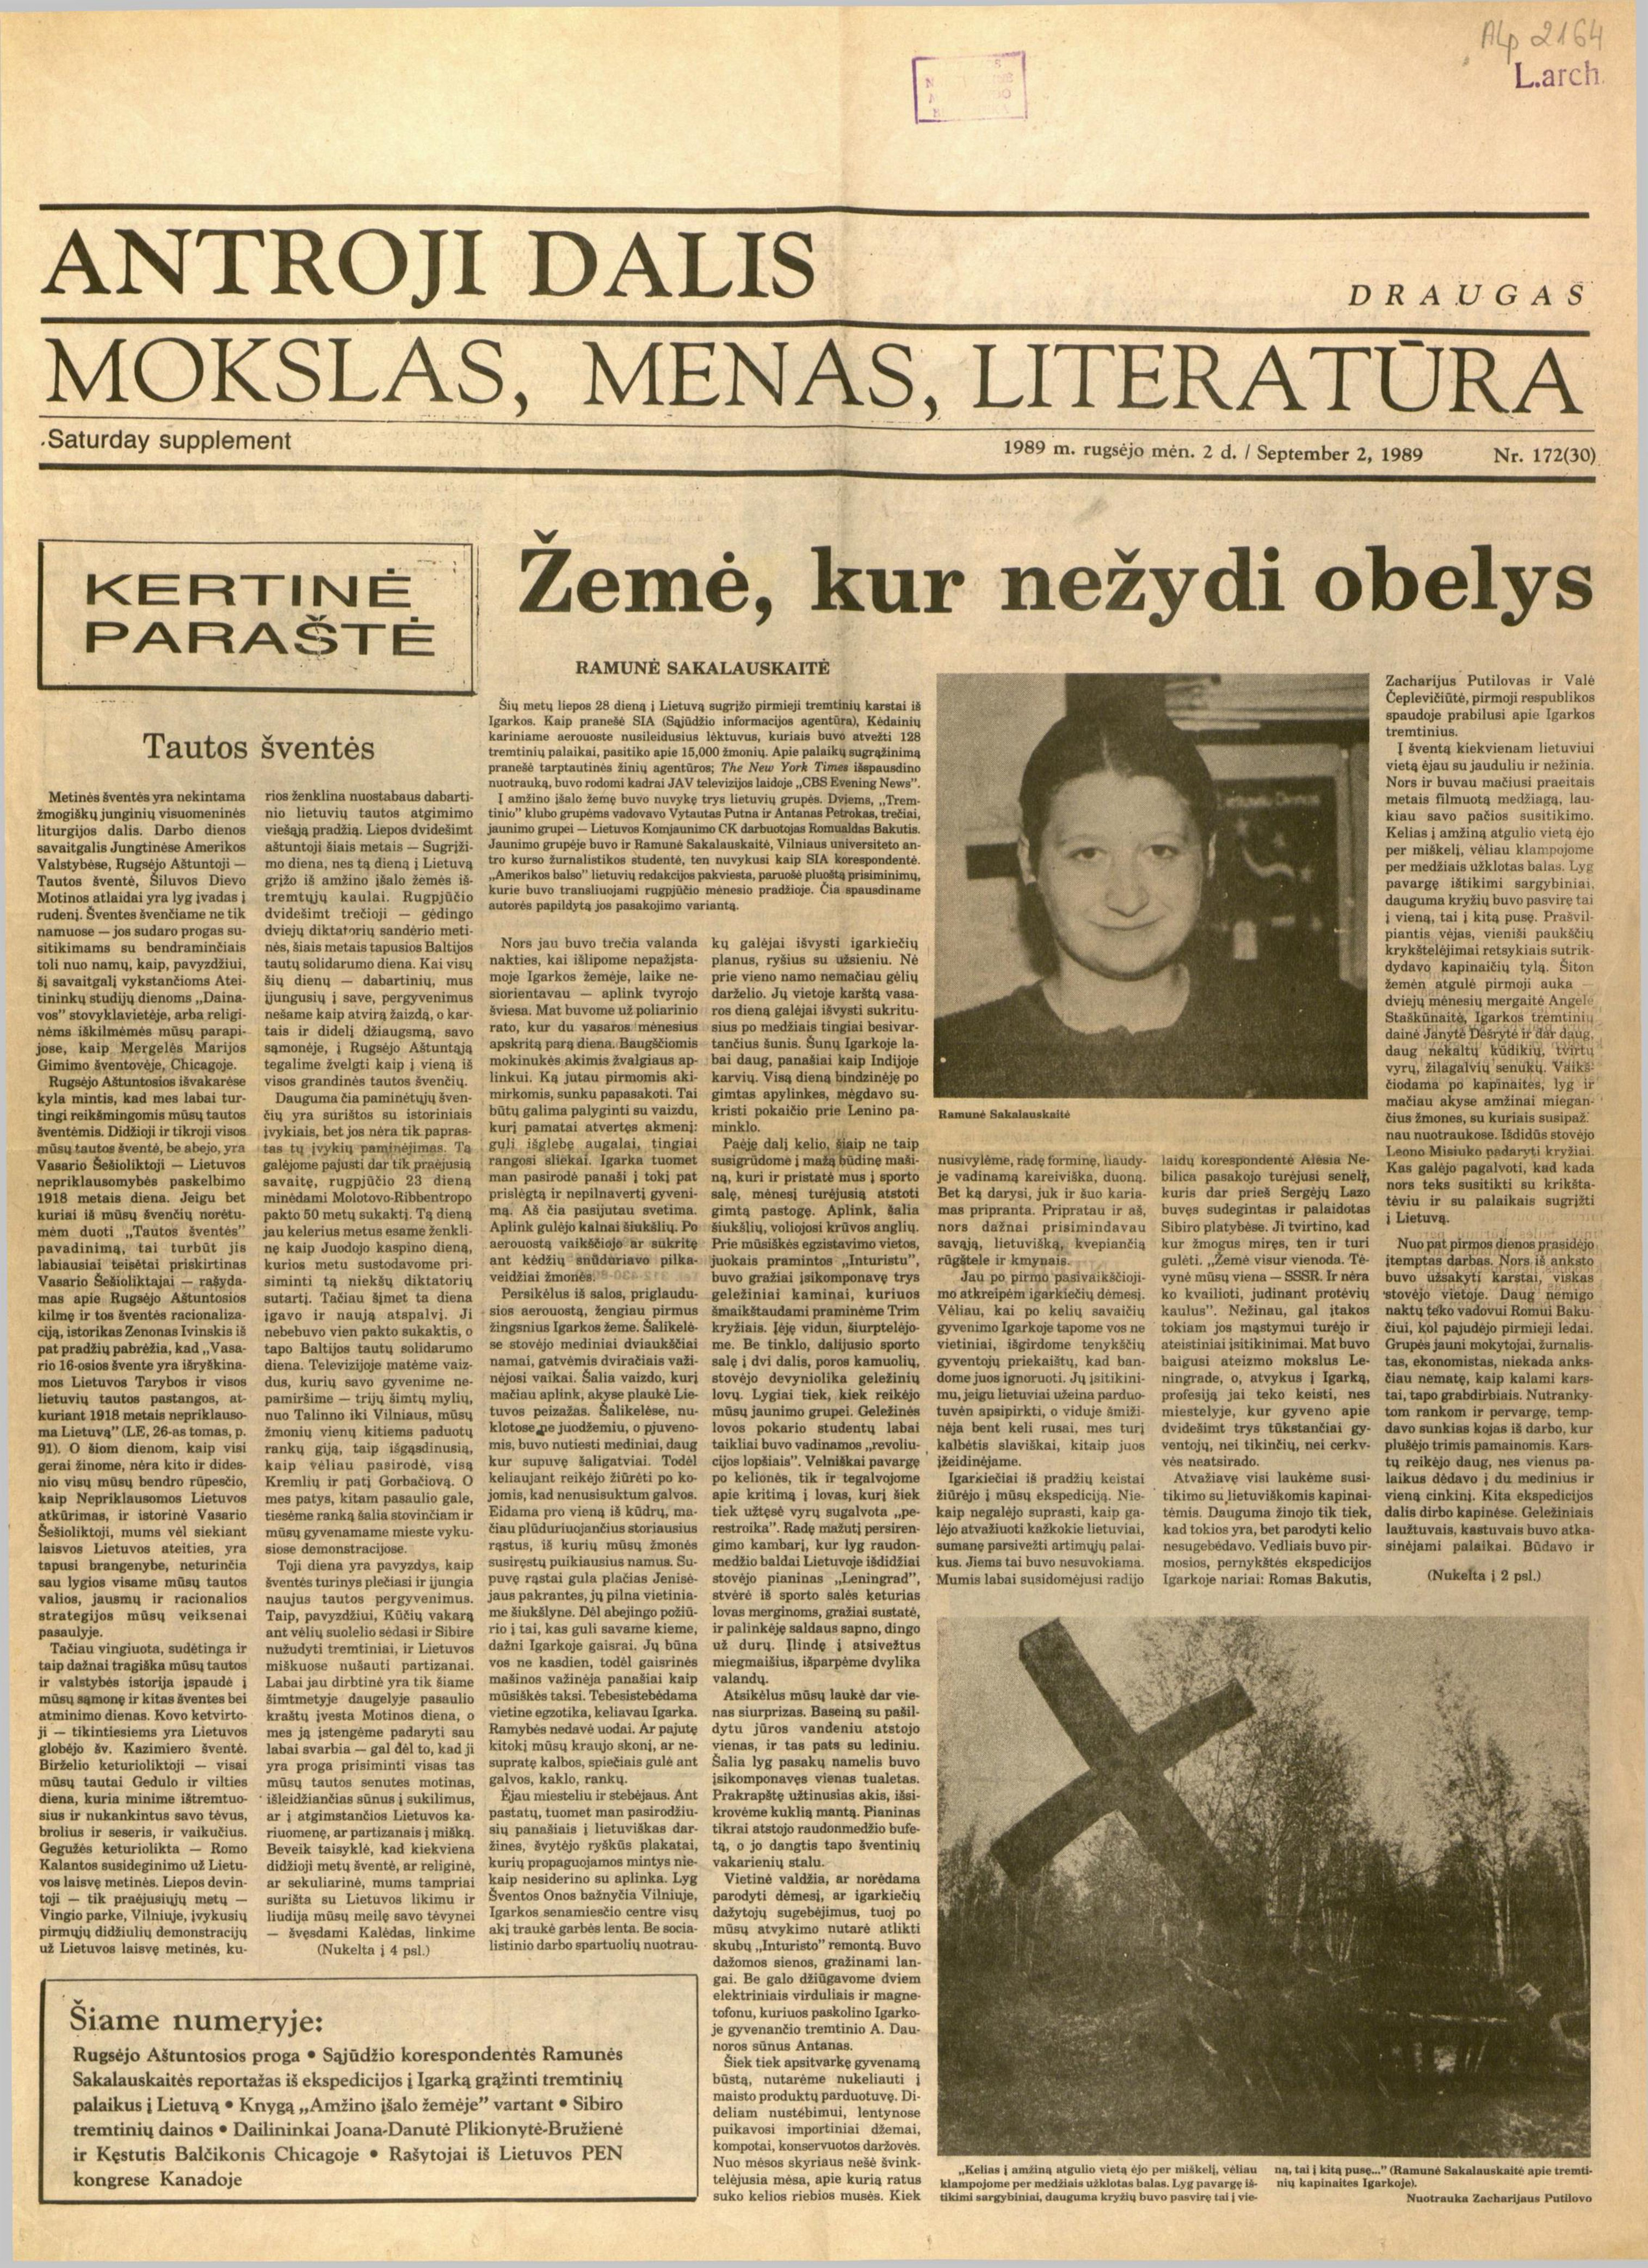
Language: lt